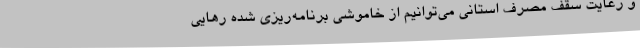
و رعایت سقف مصرف استانی می‌توانیم از خاموشی برنامه‌ریزی شده رهایی